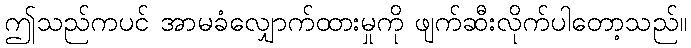
ဤသည်ကပင် အာမခံလျှောက်ထားမှုကို ဖျက်ဆီးလိုက်ပါတော့သည်။